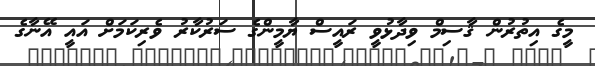
މީގެ އިތުރުން ޤާސިމް ވިދާޅުވީ ރައީސް ޔާމީންގެ ސަރުކާރު ވެރިކަމަށް އައީ އޭނާގެ